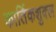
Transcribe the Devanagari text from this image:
कार्तिकशुक्ल